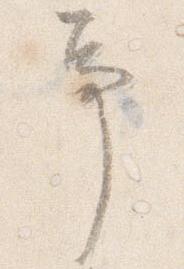
事